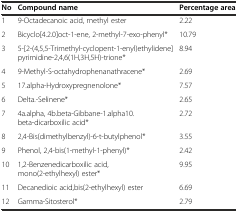
| No | Compound name | Percentage area |
 | --- | --- | --- |
 | 1 | 9-Octadecanoic acid, methyl ester | 2.22 |
 | 2 | Bicyclo[4.2.0]oct-1-ene, 2-methyl-7-exo-phenyl* | 10.79 |
 | 3 | 5-[2-(4,5,5-Trimethyl-cyclopent-1-enyl)ethylidene]pyrimidine-2,4,6(1H,3H,5H)-trione* | 8.94 |
 | 4 | 9-Methyl-S-octahydrophenanathracene* | 2.69 |
 | 5 | 17.alpha-Hydroxypregnenolone* | 7.57 |
 | 6 | Delta.-Selinene* | 2.65 |
 | 7 | 4a.alpha, 4b.beta-Gibbane-1.alpha10. beta-dicarboxilic acid* | 2.72 |
 | 8 | 2,4-Bis(dimethylbenzyl)-6-t-butylphenol* | 3.55 |
 | 9 | Phenol, 2,4-bis(1-methyl-1-phenyl)* | 2.42 |
 | 10 | 1,2-Benzenedicarboxilic acid, mono(2-ethylhexyl) ester* | 9.95 |
 | 11 | Decanedioic acid,bis(2-ethylhexyl) ester | 6.69 |
 | 12 | Gamma-Sitosterol* | 2.79 |